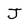
Character: J